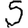
Digit: 5